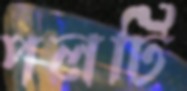
পলটি